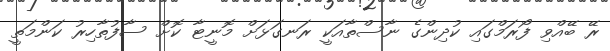
ރޭ ބޭއްވި ފޯރަމްގައި ކުދިންގެ ނާސްތާއަކީ ރަނގަޅަށް މޮނީޓާ ކޮށް ސާފުތާހިރު ކަންމަތީ